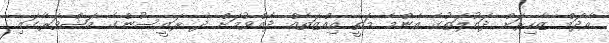
އާދަމް ޒާހިރަށް ދައުލަތުގެ އެންމެ މަތީ އިއްޒަތެއް ދެއްވުމަށް ދެ ރައީސުންގެ މަޝްވަރާގައި